Medical and sanitary report of the native army of Bengal for the year
Year: 1875
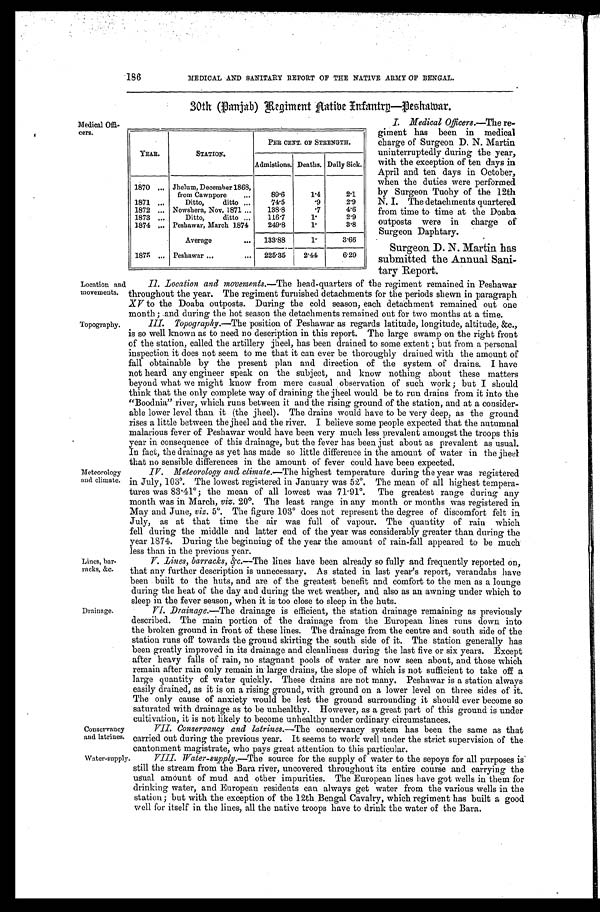
186
MEDICAL AND SANITARY REPORT OF THE NATIVE ARMY OF BENGAL.
30th (Panjab) Regiment Native Infantry—Peshawar.
Medical Offi-
cers.
YEAR.
STATION.
PER CENT. OF STRENGTH.
Admistions. Deaths. Daily Sick.
1870 ... Jhelum, December 1868,
from Cawnpore
...
89.6
1.4
2.1
1871 ...
Ditto,
ditto ...
74.5
.9
2.9
1872
. . . Nowshera, Nov. 1871 ...
138.8
.7
4.6
1873 ...
Ditto,
ditto ...
116.7
1 .
2.9
1874
. . . Peshawar, March 1874
249.8
1 .
3.8
Average
...
133.88
1 .
3.66
1875
. . . Peshawar . . .
...
225. 35
2.44
6.29
I. Medical Officers.—The re-
giment has been in medical
charge of Surgeon D. N. Martin
uninterruptedly during the year,
with the exception of ten days in
April and ten days in October,
when the duties were performed
by Surgeon Tuohy of the 12th
N. I. The detachments quartered
from time to time at the Doaba
outposts were in charge of
Surgeon Daphtary.
Surgeon D. N. Martin has
submitted the Annual Sani-
tary Report.
Location and
movements.
Topography.
Meteorology
and climate.
Lines, bar-
racks, &c.
Drainage.
Conservancy
and latrines.
II. Location and movements.—The head-quarters of the regiment remained in Peshawar
throughout the year. The regiment furnished detachments for the periods shewn in paragraph
XV to the Doaba outposts. During the cold season, each detachment remained out one
month ; and during the hot season the detachments remained out for two months at a time.
Topography.—The position of Peshawar as regards latitude, longitude, altitude, &c.,
is so well known as to need no description in this report. The large swamp on the right front
of the station, called the artillery jheel, has been drained to some extent ; but from a personal
inspection it does not seem to me that it can ever be thoroughly drained with the amount of
fall obtainable by the present plan and direction of the system of drains. I have
not heard any engineer speak on the subject, and know nothing about these matters
beyond what we might know from mere casual observation of such work ; but I should
think that the only complete way of draining the jheel would be to run drains from it into the
"Boodnia" river, which runs between it and the rising ground of the station, and at a consider-
able lower level than it (the jheel). The drains would have to be very deep, as the ground
rises a little between the jheel and the river. I believe some people expected that the autumnal
malarious fever of Peshawar would have been very much less prevalent amongst the troops this
year in consequence of this drainage, but the fever has been just about as prevalent as usual.
In fact, the drainage as yet has made so little difference in the amount of water in the jheel
that no sensible differences in the amount of fever could have been expected.
IV. Meteorology and climate.—The highest temperature during the year was registered
in July, 103˚. The lowest registered in January was 52˚. The mean of all highest tempera-
tures was 83 .41˚; the mean of all lowest was 71 . 91˚. The greatest range during any
month was in March, viz. 20˚. The least range in any month or months was registered in
May and June, viz. 5˚. The figure 103˚ does not represent the degree of discomfort felt in
July, as at that time the air was full of vapour. The quantity of rain which
fell during the middle and latter end of the year was considerably greater than during the
year 1874. During the beginning of the year the amount of rain-fall appeared to be much
less than in the previous year.
V. Lines, barracks, &c. —The lines have been already so fully and frequently reported on,
that any further description is unnecessary. As stated in last year's report, verandahs have
been built to the huts, and are of the greatest benefit and comfort to the men as a lounge
during the heat of the day and during the wet weather, and also as an awning under which to
sleep in the fever season, when it is too close to sleep in the huts.
VI. Drainage.—The drainage is efficient, the station drainage remaining as previously
described. The main portion of the drainage from the European lines runs down into
the broken ground in front of these lines. The drainage from the centre and south side of the
station runs off towards the ground skirting the south side of it. The station generally has
been greatly improved in its drainage and cleanliness during the last five or six years. Except
after heavy falls of rain, no stagnant pools of water are now seen about, and those which
remain after rain only remain in large drains, the slope of which is not sufficient to take off a
large quantity of water quickly. These drains are not many. Peshawar is a station always
easily drained, as it is on a rising ground, with ground on a lower level on three sides of it.
The only cause of anxiety would be lest the ground surrounding it should ever become so
saturated with drainage as to be unhealthy. However, as a great part of this ground is under
cultivation, it is not likely to become unhealthy under ordinary circumstances.
VII. Conservancy and latrines.— The conservancy system has been the same as that
carried out during the previous year. It seems to work well under the strict supervision of the
cantonment magistrate, who pays great attention to this particular.
Water-supply.
VIII. Water-supply.—The source for the supply of water to the sepoys for all purposes is
still the stream from the Bara river, uncovered throughout its entire course and carrying the
usual amount of mud and other impurities. The European lines have got wells in them for
drinking water, and European residents can always get water from the various wells in the
station ; but with the exception of the 12th Bengal Cavalry, which regiment has built a good
well for itself in the lines, all the native troops have to drink the water of the Bara.